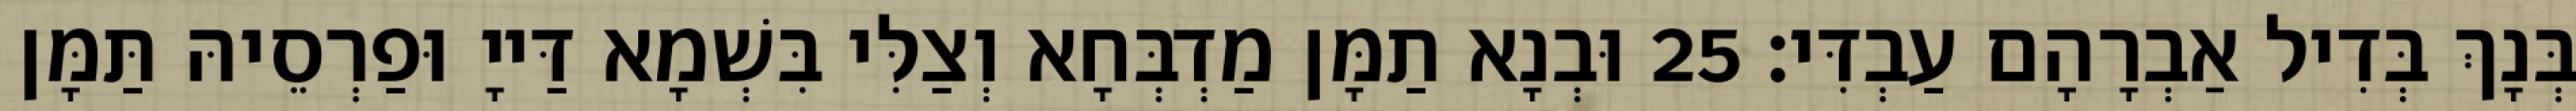
בְּנָךְ בְּדִיל אַבְרָהָם עַבְדִּי׃ 25 וּבְנָא תַמָּן מַדְבְּחָא וְצַלִּי בִּשְׁמָא דַּייָ וּפַרְסֵיהּ תַּמָּן